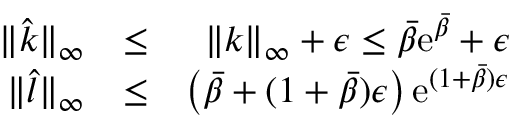
\begin{array} { r l r } { \| \hat { k } \| _ { \infty } } & { \leq } & { \| k \| _ { \infty } + \epsilon \leq \bar { \beta } \mathrm { e } ^ { \bar { \beta } } + \epsilon } \\ { \| \hat { l } \| _ { \infty } } & { \leq } & { \left( \bar { \beta } + ( 1 + \bar { \beta } ) \epsilon \right) \mathrm { e } ^ { ( 1 + \bar { \beta } ) \epsilon } } \end{array}